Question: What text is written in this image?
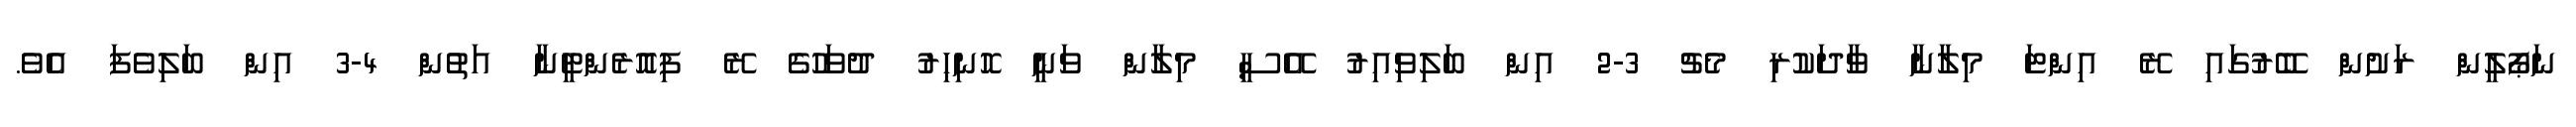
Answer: ނަޕޯލީން ރަށުން ބޭރުގައި ރޭ އިންޓަ މިލާނާ ވާދަކުރި މެޗު 3-2 އިން ބަލިވިއިރު އޭސީ މިލާން ވަނީ ހޮނިހިރު ދުވަހުގެ ރޭ ފިއޮރެންޓީނާ އަތުން 4-3 އިން ބަލިވެފަ އެވެ.